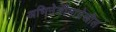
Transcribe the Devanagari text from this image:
अभिनेत्रींनादेखील